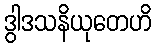
ဒွါဒသနိယုတေဟိ